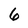
Character: 6